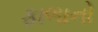
ફાળાનો